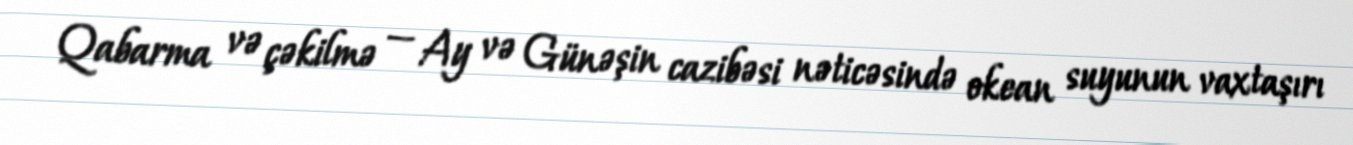
Qabarma və çəkilmə — Ay və Günəşin cazibəsi nəticəsində okean suyunun vaxtaşırı